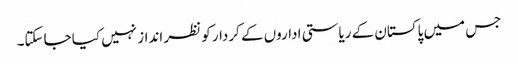
جس میں پاکستان کے ریاستی اداروں کے کردار کو نظر انداز نہیں کیا جاسکتا۔